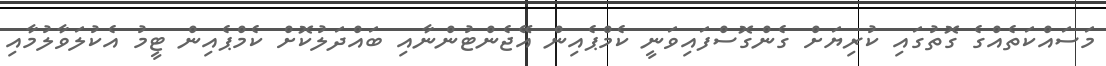
މަސައްކަތެއްގެ ގޮތުގައި ކުރިޔަށް ގެންގޮސްފައިވަނީ ކެމްޕެއިން އޭޖެންޓުންނާއި ބައްދަލުކޮށް ކެމްޕެއިން ޓީމު އެކުލަވާލުމާއި